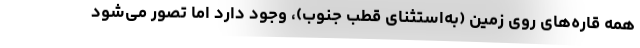
همه قاره‌های روی زمین (به‌استثنای قطب جنوب)، وجود دارد اما تصور می‌شود